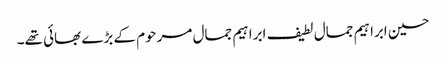
حسین ابراہیم جمال لطیف ابراہیم جمال مرحوم کے بڑے بھائی تھے۔